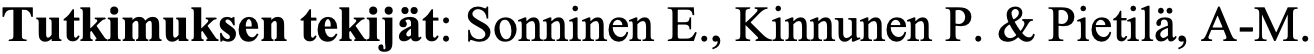
Tutkimuksen tekijät: Sonninen E., Kinnunen P. & Pietilä, A-M.